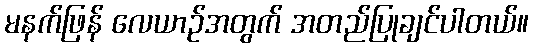
မနက်ဖြန် လေယာဉ်အတွက် အတည်ပြုချင်ပါတယ်။